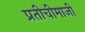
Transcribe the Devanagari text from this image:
प्रतीचीमाजीं